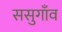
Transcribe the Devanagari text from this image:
ससुगाँव